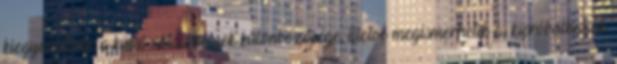
kiegyenlítôdik a külsô oktatóhelyek különbözôsége, illetve megismerhetik és kipróbálhatják